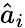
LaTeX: \hat{a}_{i}